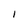
Character: I